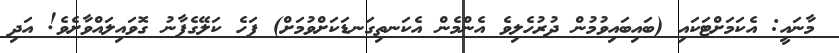
މާނައީ: އެކަމަށްޓަކައި (ބައިބައިވުމުން ދުރުހެލިވެ އެންމެން އެކަނތިގަނޑަކަށްވުމަށް) ފަހެ ކަލޭގެފާނު ގޮވައިލައްވާށެވެ! އަދި